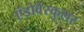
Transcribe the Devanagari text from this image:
एंडोवैस्कुलर